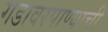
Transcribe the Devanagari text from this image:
गडावरपाण्याची